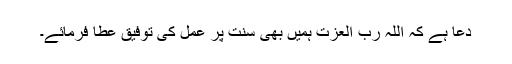
دعا ہے کہ اللہ رب العزت ہمیں بھی سنت پر عمل کی توفیق عطا فرمائے۔